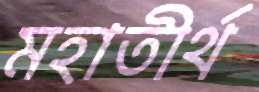
মহাতীর্থ